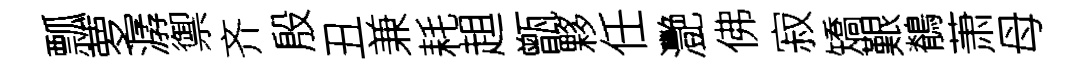
瓢萝潺禦齐殷丑兼耗趄甑夥任灧佛寂矯艱鶺萧母